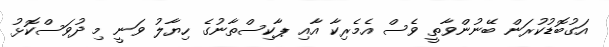
އަގުބޮޑުކުރަން ބޭނުންވާތީ ވެސް އެމެރިކާ އާއި ޕާކިސްތާނުގެ ހިޔާލު ވަނީ މި ދުވަސްކޮޅު